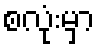
စလုံးမှာ